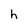
Character: h